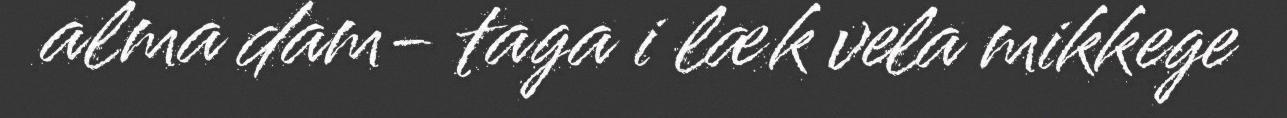
alma dam- taga i læk vela mikkege